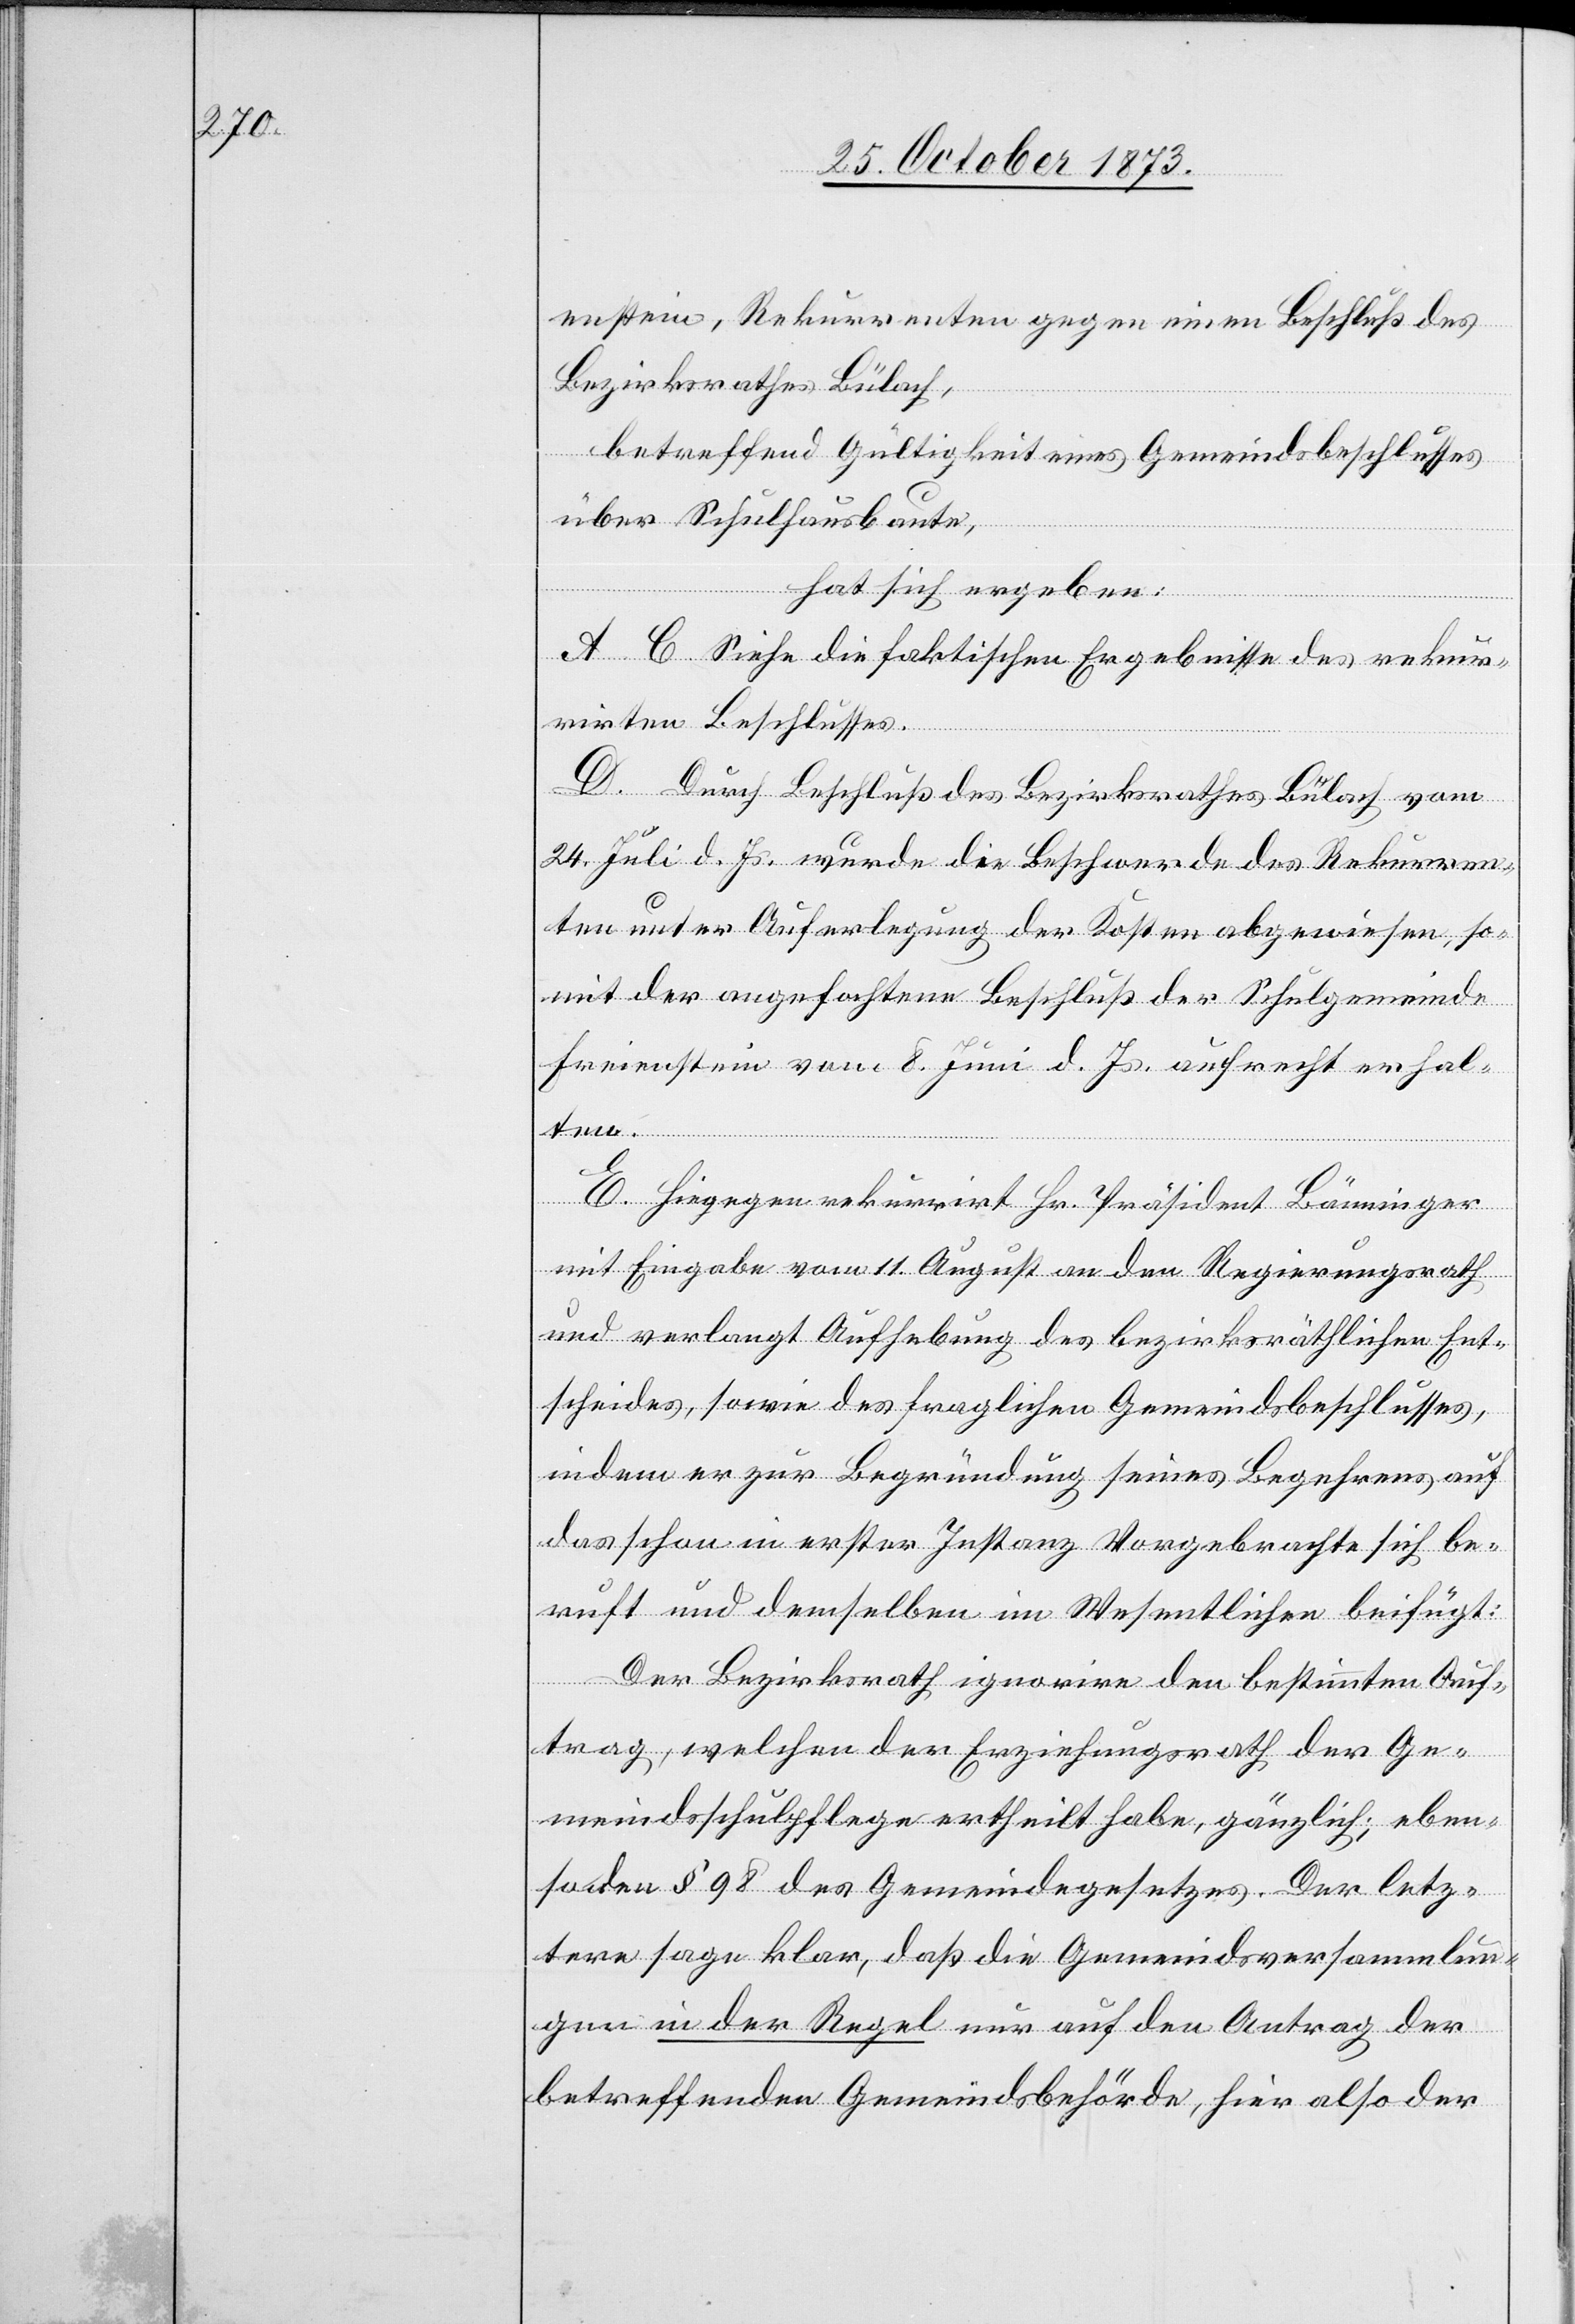
einstein, Rekurrenten gegen einen Beschluß des
Bezirksrathes Bülach,
betreffend Gültigkeit eines Gemeindsbeschlusses
über Schulhausbaute,
hat sich ergeben:
A–C. Siehe die faktischen Ergebnisse des rekur¬
rirten Beschlusses.
D. Durch Beschluß des Bezirksrathes Bülach vom
24. Juli d. Js. wurde die Beschwerde des Rekurren¬
ten unter Auferlegung der Kosten abgewiesen, so¬
mit der angefochtene Beschluß der Schulgemeinde
Freienstein vom 8. Juni d. Js. aufrecht erhal¬
ten.
E. Hiegegen rekurrirt Hr. Präsident Bänninger
mit Eingabe vom 11. August an den Regierungsrath
und verlangt Aufhebung des bezirksräthlichen Ent¬
scheides, sowie des fraglichen Gemeindsbeschlusses,
indem er zur Begründung seines Begehrens auf
das schon in erster Instanz Vorgebrachte sich be¬
ruft und demselben im Wesentlichen beifügt:
Der Bezirksrath ignorire den bestimmten Auf¬
trag, welchen der Erziehungsrath der Ge¬
meindsschulpflege ertheilt habe, gänzlich; eben¬
so den § 98 des Gemeindegesetzes. Der letz¬
tere sage klar, daß die Gemeindsversammlun¬
gen in der Regel nur auf den Antrag der
betreffenden Gemeindsbehörde, hier also der